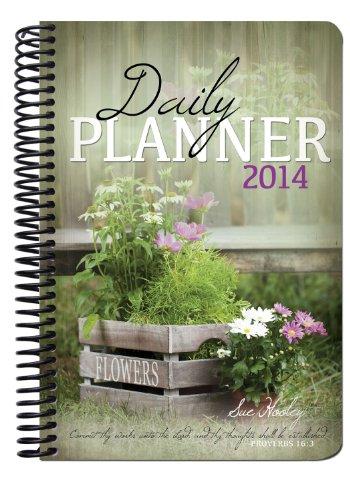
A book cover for Daily Planner: 2014; Sue Hooley; Crafts, Hobbies & Home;